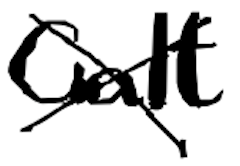
Text: Galt
Cross-out: cross
Writing tool: digital_black